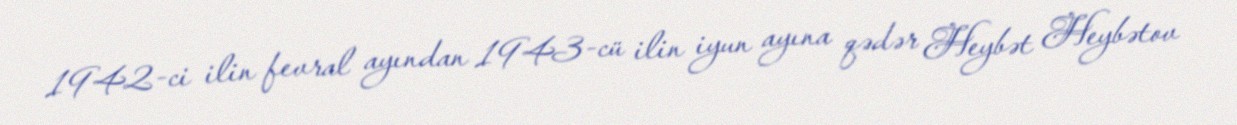
1942-ci ilin fevral ayından 1943-cü ilin iyun ayına qədər Heybət Heybətov